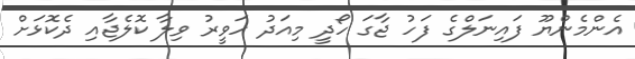
އެންމެންޔޫ ފައިނަލްގެ ފަހު ޖާގަ ހޯދީ މިއަދު ހަވީރު ވިލާ ކޮލެޖާއި ދެކޮޅަށް